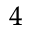
_ 4